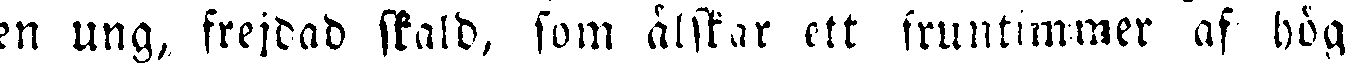
en ung, frejdad skald, som älskar ett fruntimmer af hög